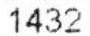
1432